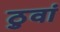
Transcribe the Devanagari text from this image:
ठुवां